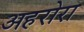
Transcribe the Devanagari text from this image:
अहरोरा